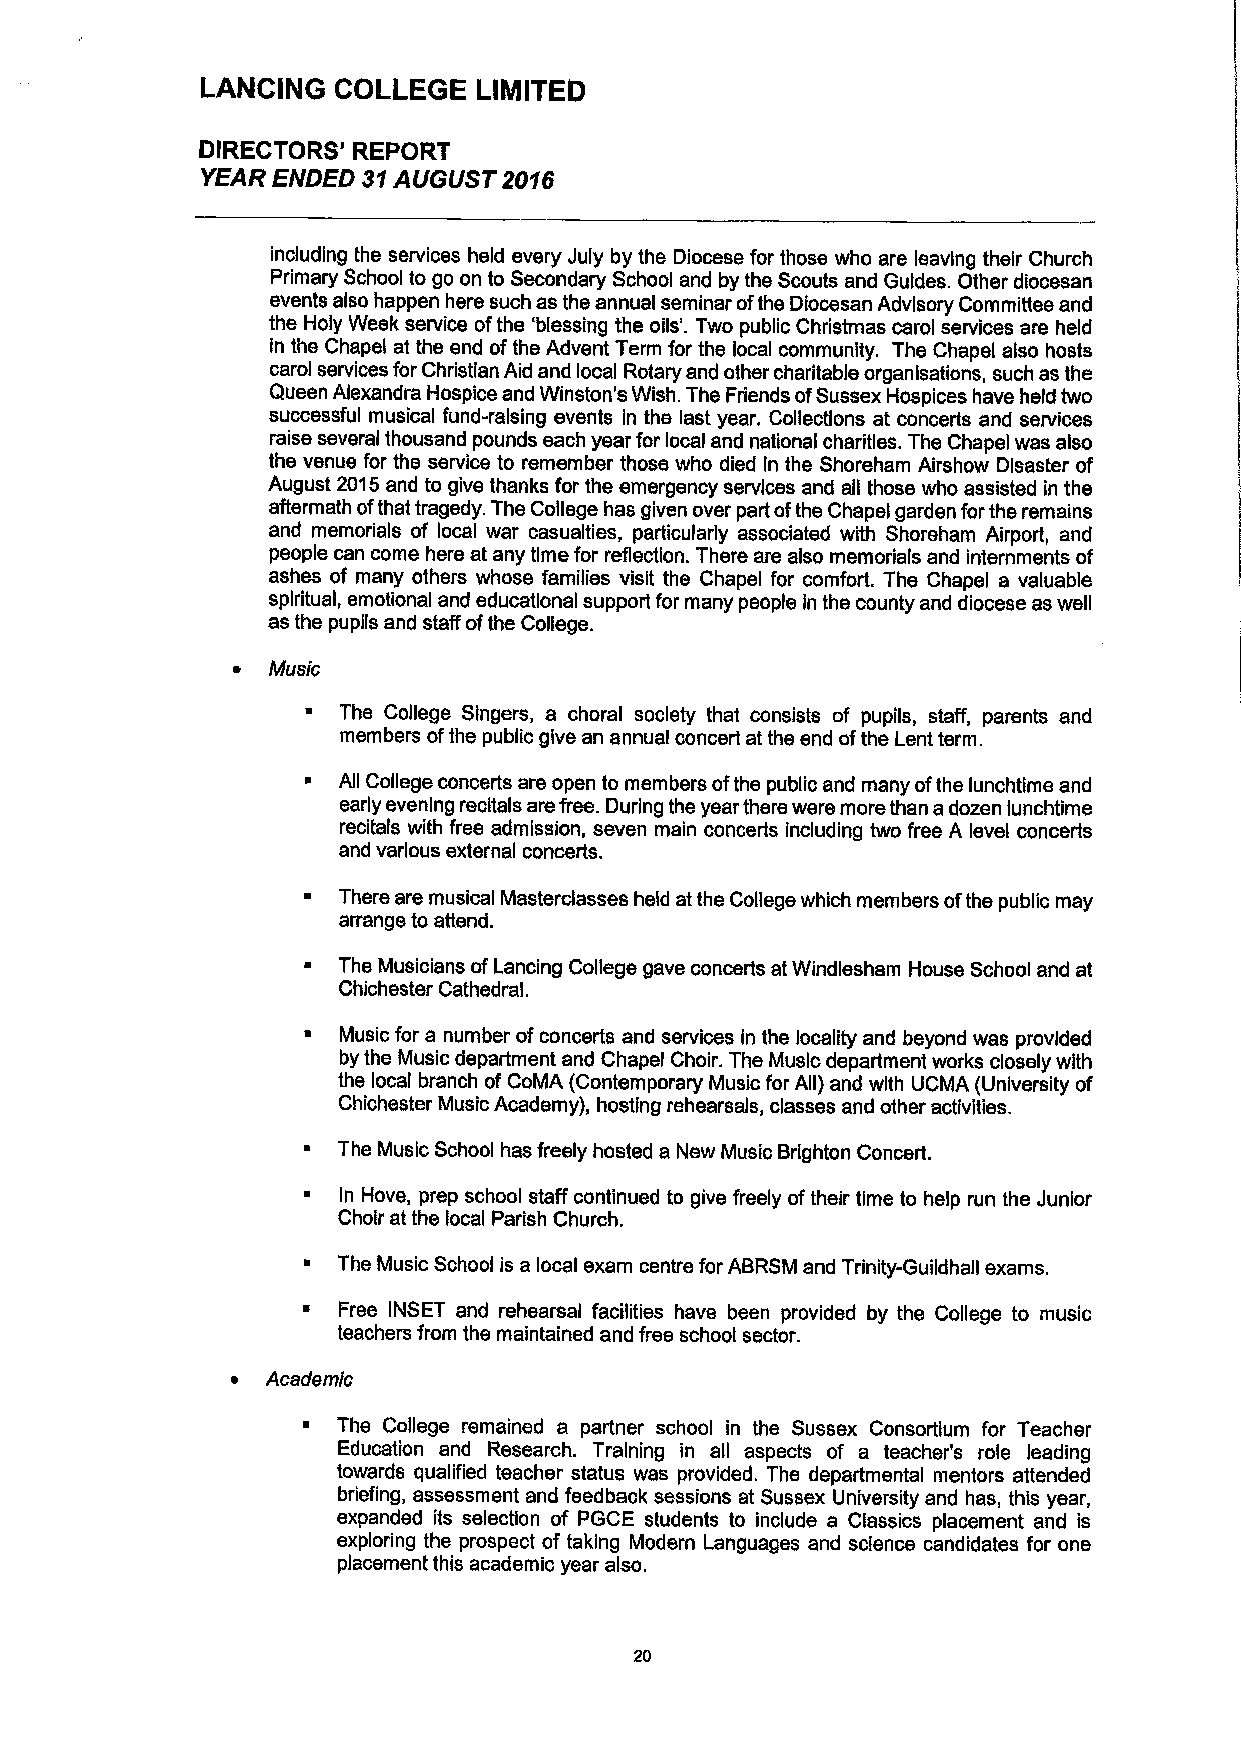
LANCING  COLLEGE   LINIITEO
 DIRECTORS' REPORT
 YEAR ENDED 31AUGUST 2016
 including the services held every July by the Diocese for those who are leaving their Church
 Primary School to go on to Secondary School and by the Scouts and Guides. Other diocesan
 events also happen here such as the annual seminar ofthe Diocesan Advisory Committee and
 the Holy Week service ofthe 'blessing the oils'. Two public Christmas carol services are held
 fn the Chapel at the end ofthe Advent Term for the local community. The Chapel also hosts
 carol services for Christtan Aid and local Rotary and other charitable organisations, such as the
 Queen Alexandra Hospice and Winston's Wish. The Friends ofSussex Hospices have held two
 successful musical fund-raising events in the last year. Collections at concerts and services
 raise several thousand pounds each year for local and national charities. The Chapel was also
 the venue for the service to remember those who died In the Shoreham Airshow Disaster of
 August 2015and to give thanks for the emergency services and all those who assisted in the
 aftermath ofthat tragedy. The College has given over part ofthe Chapel garden forthe remains
 and memorials of local war casualties, particularly associated with Shoreham Airport, and
 people can come here at any time for reflection. There are also memorials and internments of
 ashes of many others whose families visit the Chapel for comfort. The Chapel a valuable
 spiritual, emotional and educational support for many peopte In the county and diocese as well
 as the pupils and staff ofthe College.
 ~  Music
 ~ The College Singers, a choral society that consists of pupils, staff, parents and
 members ofthe public give an annuat concert at the end ofthe Lent term.
 ~ All College concerts are open to members ofthe public and many ofthe lunchtime and
 early evening recitals are free During the year there were more than adozen lunchtime
 recitals with free admission, seven main concerts including two free A level concerts
 and various external concerts.
 ~ There are musical Masterdasses held at the College which members ofthe public may
 arrange to attend.
 ~ The Musicians ofLancing College gave concerts atWindlesham House School and at
 Chichester Cathedral.
 ~ Music for a number ofconcerts and services in the locality and beyond was provided
 by the Music department and Chapel Choir. The Music department works closely with
 the local branch of CoMA (Contemporary Music for All) and with UCMA (University of
 Chichester Music Academy), hosting rehearsals, classes and other activities.
 ~ The Music School has freely hosted a New Music Brighton Concert.
 ~ In Hove, prep school staff continued to give freely oftheir time to help run the Junior
 Choir at the local Parish Church.
 The Music School is a local exam centre forABRSM and Trinity-Guildhall exams.
 ~ Free INSET and rehearsal facilities have been provided by the College to music
 teachers from the maintained and free school sector.
 ~  Academic
 ~ The College remained a partner school in the Sussex Consortium for Teacher
 Education and Research. Training in all aspects of a teacher's role leading
 towards qualified teacher status was provided. The departmental mentors attended
 briefing, assessment and feedback sessions at Sussex University and has, this year,
 expanded its selection of PGCE students to include a Classics placement and is
 exploring the prospect of taking Modem Languages and sctence candidates for one
 placement this academic year also.
 20